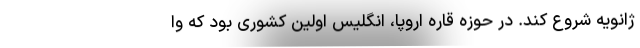
ژانویه شروع کند. در حوزه قاره اروپا، انگلیس اولین کشوری بود که وا